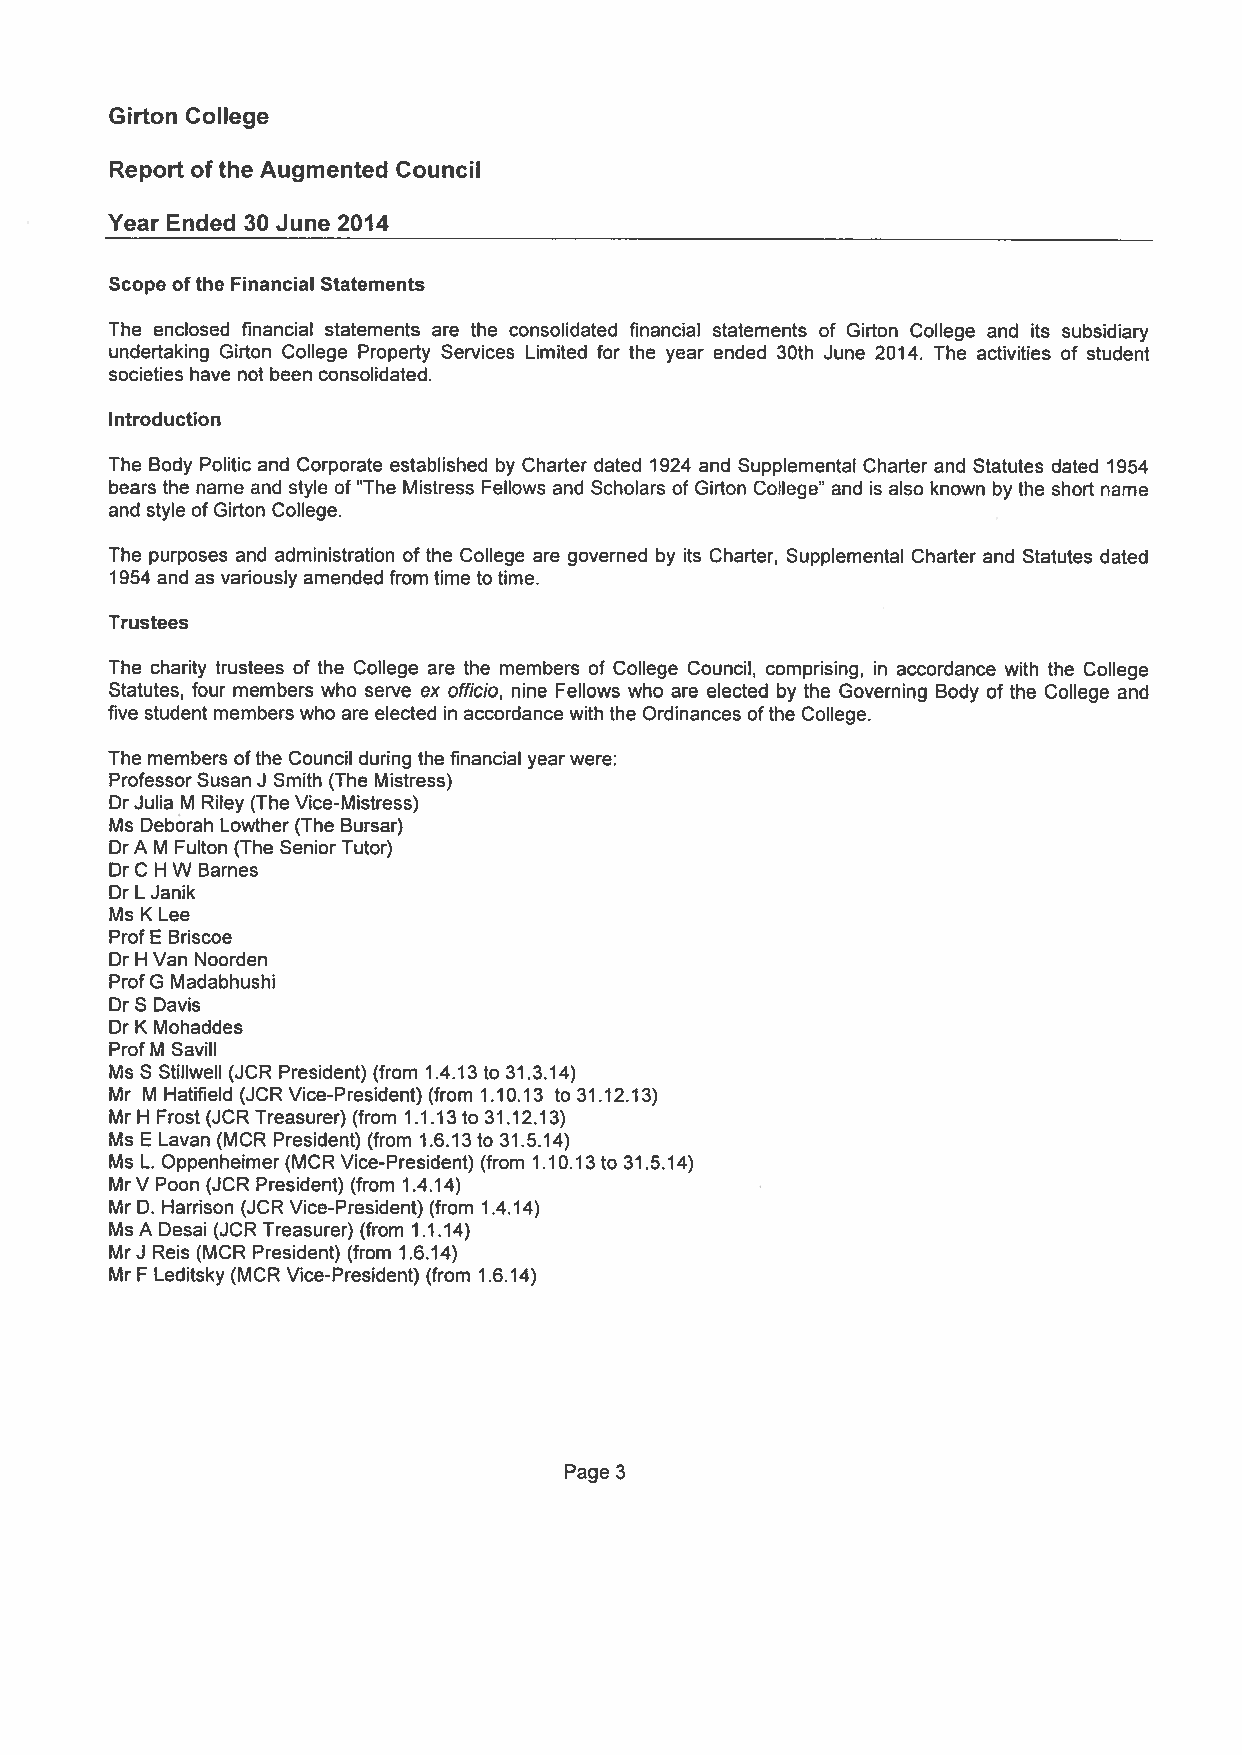
Girton College
 Report of the Augmented Council
 Year Ended 30 June 2014
 Scope ofthe Financial Statements
 The enclosed financial statements are the consolidated financial statements of Girton College and its subsidiary
 undertaking Girton College Property Services Limited for the year ended 30th June 2014. The activities of student
 societies have not been consolidated.
 Introduction
 The Body Politic and Corporate established by Charter dated 1924 and Supplemental Charter and Statutes dated 1954
 bears the name and style of “The Mistress Fellows and Scholars of Girton College’ and is also known by the short name
 and style of Girton College.
 The purposes and administration of the College are governed by its Charter, Supplemental Charter and Statutes dated
 1954 and as variously amended from time to time.
 Trustees
 The charity trustees of the College are the members of College Council, comprising, in accordance with the College
 Statutes, four members who serve ex officio, nine Fellows who are elected by the Governing Body of the College and
 five student members who are elected in accordance with the Ordinances ofthe College.
 The members ofthe Council during the financial yearwere:
 Professor Susan J Smith (The Mistress)
 Dr Julia M Riley (The Vice-Mistress)
 Ms Deborah Lowther (The Bursar)
 DrA M Fulton (The Senior Tutor)
 Dr C H W Barnes
 Dr L Janik
 Ms K Lee
 Prof E Briscoe
 Dr H Van Noorden
 ProfG Madabhushi
 Dr S Davis
 Dr K Mohaddes
 Prof M Savill
 Ms S StilIwell (JCR President) (from 1.4.13 to 31.3.14)
 Mr M Hatifield (JCR Vice-President) (from 1.10.13 to 31.12.13)
 Mr H Frost (JCR Treasurer) (from 1.1.13 to 31.12.13)
 Ms E Lavan (MCR President) (from 1.6.13 to 31.5.14)
 Ms L. Oppenheimer (MCR Vice-President) (from 1.10.13 to 31.5.14)
 MrV Poon (JCR President) (from 1.4.14)
 Mr D. Harrison (JCR Vice-President) (from 1.4.14)
 Ms A Desai (JCR Treasurer) (from 1.1.14)
 MrJ Reis (MCR President) (from 1.6.14)
 Mr F Leditsky (MCR Vice-President) (from 1.6.14)
 Page 3